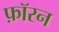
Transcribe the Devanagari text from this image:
फ़ॉरन